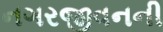
નગરજીવનની